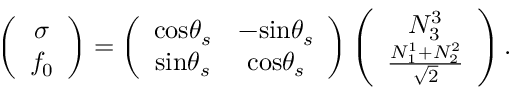
\left( \begin{array} { c } { { \sigma } } \\ { { f _ { 0 } } } \end{array} \right) = \left( \begin{array} { c c } { { \mathrm { c o s } \theta _ { s } } } & { { - \mathrm { s i n } \theta _ { s } } } \\ { { \mathrm { s i n } \theta _ { s } } } & { { \mathrm { c o s } \theta _ { s } } } \end{array} \right) \left( \begin{array} { c } { { N _ { 3 } ^ { 3 } } } \\ { { \frac { N _ { 1 } ^ { 1 } + N _ { 2 } ^ { 2 } } { \sqrt 2 } } } \end{array} \right) .